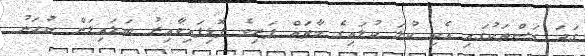
ގަދަ ގަސްތަކުގައި އެކި ކުލަ ކުލައިގެ މާތައް ފަރިވެ ފޮޅިފައިވާއިރު ބަލައިލަން ނުހަނު